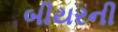
બીયરની